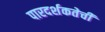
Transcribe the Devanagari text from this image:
पारदर्शकतेची